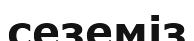
сеземіз